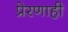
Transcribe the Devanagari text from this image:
प्रेरणाही